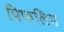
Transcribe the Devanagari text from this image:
पिफलिप